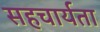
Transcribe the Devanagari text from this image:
सहचार्यता